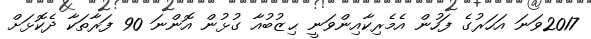
2017ވަނަ އަހަރުގެ ފަހުން އެމެރިކާއިންވަނީ ޙިޒުބުއާ ގުޅުން އޮންނަ 90 ފަރާތަކާ ދެކޮޅަށް